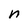
Character: n